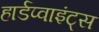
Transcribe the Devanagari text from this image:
हार्डप्वाइंट्स